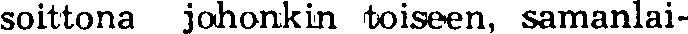
soittona johonkin toiseen, samanlai-